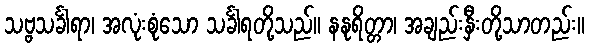
သဗ္ဗသင်္ခါရာ၊ အလုံးစုံသော သင်္ခါရတို့သည်။ နနုရိတ္တာ၊ အချည်းနှီးတို့သာတည်း။